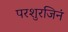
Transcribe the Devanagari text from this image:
परशुरजिनं